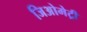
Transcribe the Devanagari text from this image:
जिअोमेट्री